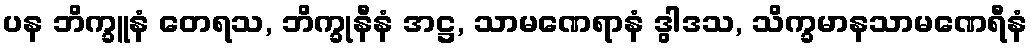
ပန ဘိက္ခူနံ တေရသ, ဘိက္ခုနီနံ အဋ္ဌ, သာမဏေရာနံ ဒွါဒသ, သိက္ခမာနသာမဏေရီနံ